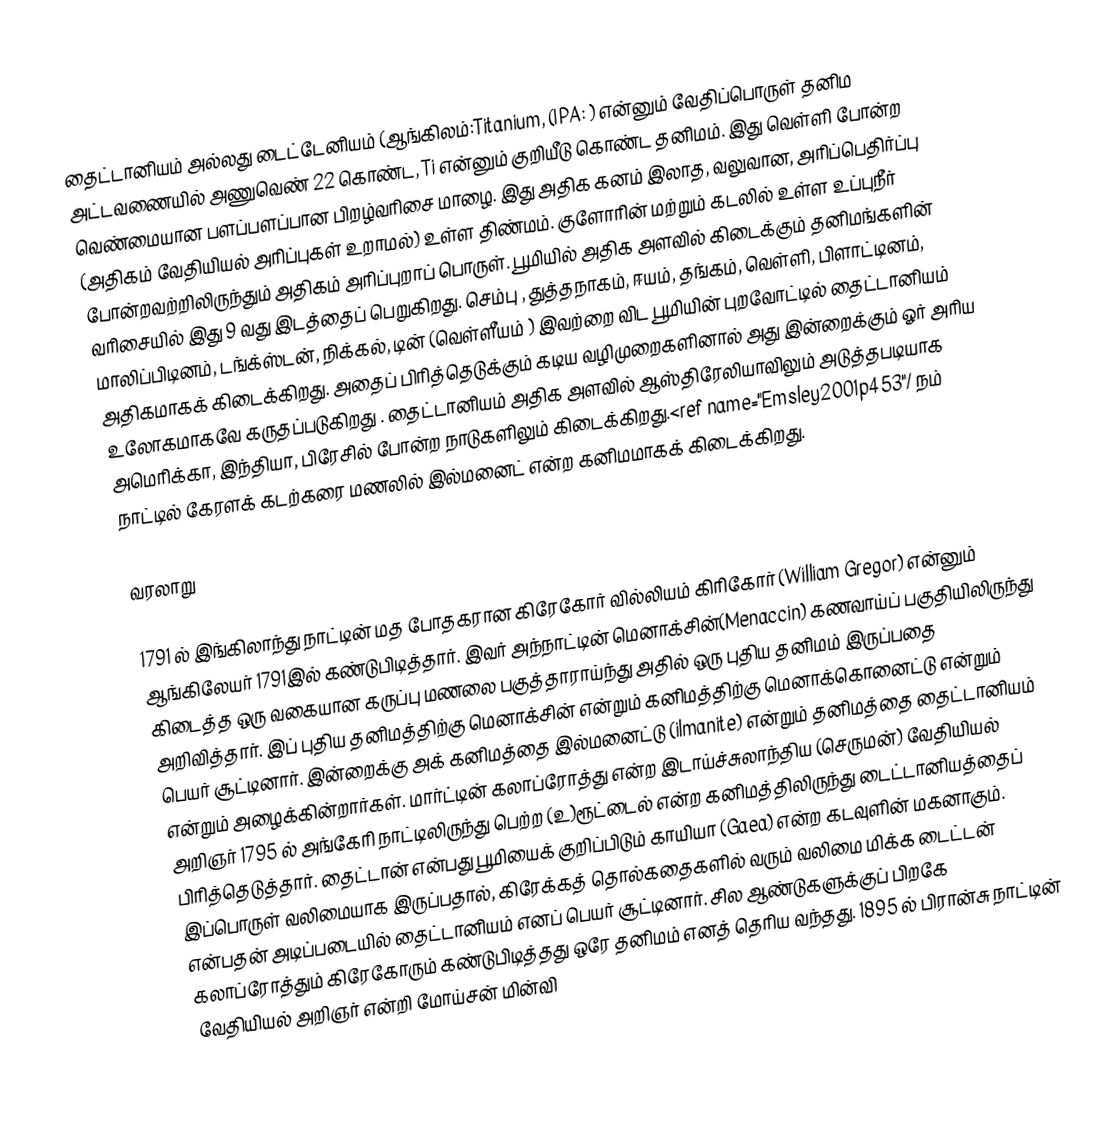
தைட்டானியம் அல்லது டைட்டேனியம் (ஆங்கிலம்:Titanium, (IPA: ) என்னும் வேதிப்பொருள் தனிம அட்டவணையில் அணுவெண் 22 கொண்ட, Ti என்னும் குறியீடு கொண்ட தனிமம். இது வெள்ளி போன்ற வெண்மையான பளப்பளப்பான பிறழ்வரிசை மாழை. இது அதிக கனம் இலாத, வலுவான, அரிப்பெதிர்ப்பு (அதிகம் வேதியியல் அரிப்புகள் உறாமல்) உள்ள திண்மம். குளோரின் மற்றும் கடலில் உள்ள உப்புநீர் போன்றவற்றிலிருந்தும் அதிகம் அரிப்புறாப் பொருள். பூமியில் அதிக அளவில் கிடைக்கும் தனிமங்களின் வரிசையில் இது 9 வது இடத்தைப் பெறுகிறது. செம்பு , துத்தநாகம், ஈயம், தங்கம், வெள்ளி, பிளாட்டினம், மாலிப்பிடினம், டங்க்ஸ்டன், நிக்கல், டின் (வெள்ளீயம் ) இவற்றை விட பூமியின் புறவோட்டில் தைட்டானியம் அதிகமாகக் கிடைக்கிறது. அதைப் பிரித்தெடுக்கும் கடிய வழிமுறைகளினால் அது இன்றைக்கும் ஓர் அரிய உலோகமாகவே கருதப்படுகிறது . தைட்டானியம் அதிக அளவில் ஆஸ்திரேலியாவிலும் அடுத்தபடியாக அமெரிக்கா, இந்தியா, பிரேசில் போன்ற நாடுகளிலும் கிடைக்கிறது.<ref name="Emsley2001p453"/ நம் நாட்டில் கேரளக் கடற்கரை மணலில் இல்மனைட் என்ற கனிமமாகக் கிடைக்கிறது.

வரலாறு

1791 ல் இங்கிலாந்து நாட்டின் மத போதகரான கிரேகோர்  வில்லியம் கிரிகோர் (William Gregor) என்னும் ஆங்கிலேயர் 1791இல் கண்டுபிடித்தார். இவர் அந்நாட்டின் மெனாக்சின்(Menaccin) கணவாய்ப் பகுதியிலிருந்து கிடைத்த ஒரு வகையான கருப்பு மணலை பகுத்தாராய்ந்து அதில் ஒரு புதிய தனிமம் இருப்பதை அறிவித்தார். இப் புதிய தனிமத்திற்கு மெனாக்சின் என்றும் கனிமத்திற்கு மெனாக்கொனைட்டு என்றும் பெயர் சூட்டினார்.  இன்றைக்கு அக் கனிமத்தை இல்மனைட்டு (ilmanite) என்றும் தனிமத்தை தைட்டானியம் என்றும் அழைக்கின்றார்கள். மார்ட்டின் கலாப்ரோத்து என்ற இடாய்ச்சுலாந்திய (செருமன்) வேதியியல் அறிஞர் 1795 ல் அங்கேரி நாட்டிலிருந்து பெற்ற (உ)ரூட்டைல் என்ற கனிமத்திலிருந்து டைட்டானியத்தைப் பிரித்தெடுத்தார். தைட்டான் என்பது பூமியைக் குறிப்பிடும் காயியா (Gaea) என்ற கடவுளின் மகனாகும்.  இப்பொருள் வலிமையாக இருப்பதால், கிரேக்கத் தொல்கதைகளில் வரும் வலிமை மிக்க டைட்டன் என்பதன் அடிப்படையில் தைட்டானியம் எனப் பெயர் சூட்டினார்.  சில ஆண்டுகளுக்குப் பிறகே கலாப்ரோத்தும் கிரேகோரும் கண்டுபிடித்தது ஒரே தனிமம் எனத் தெரிய வந்தது. 1895 ல் பிரான்சு நாட்டின் வேதியியல் அறிஞர் என்றி மோய்சன் மின்வி